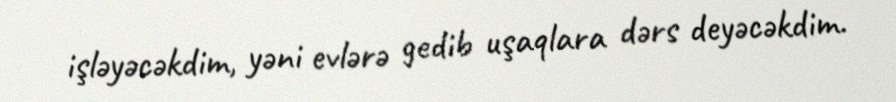
işləyəcəkdim, yəni evlərə gedib uşaqlara dərs deyəcəkdim.